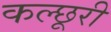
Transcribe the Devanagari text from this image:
कल्छूरी